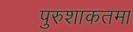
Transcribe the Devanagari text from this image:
पुरुशाकतमा